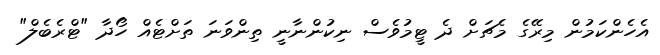
އެހެންކަމުން މިރޭގެ މެޗަށް ދެ ޓީމުވެސް ނިކުންނާނީ ތިންވަނަ ތަށްޓެއް ހޯދާ "ޓްރެބެލް"